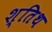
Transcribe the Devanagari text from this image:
श्तिथ